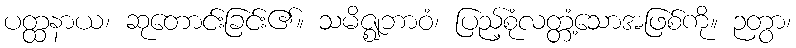
ပတ္ထနာယ၊ ဆုတောင်းခြင်း၏။ သမိဇ္ဈဘာဝံ၊ ပြည့်စုံလတ္တံ့သောအဖြစ်ကို။ ဉတွာ၊